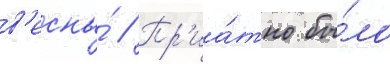
в'есны́ // Пр'иа́тно бы́ло